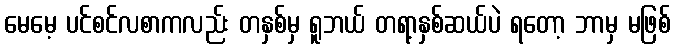
မေမေ့ ပင်စင်လစာကလည်း တနှစ်မှ ရူဘယ် တရာ့နှစ်ဆယ်ပဲ ရတော့ ဘာမှ မဖြစ်